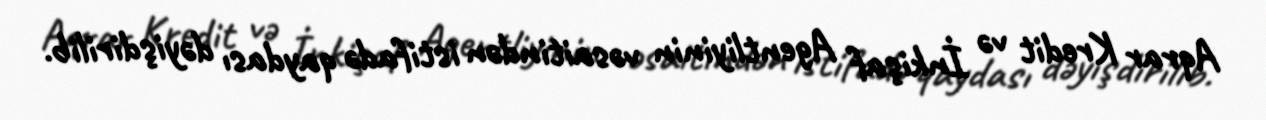
Aqrar Kredit və İnkişaf Agentliyinin vəsaitindən istifadə qaydası dəyişdirilib.